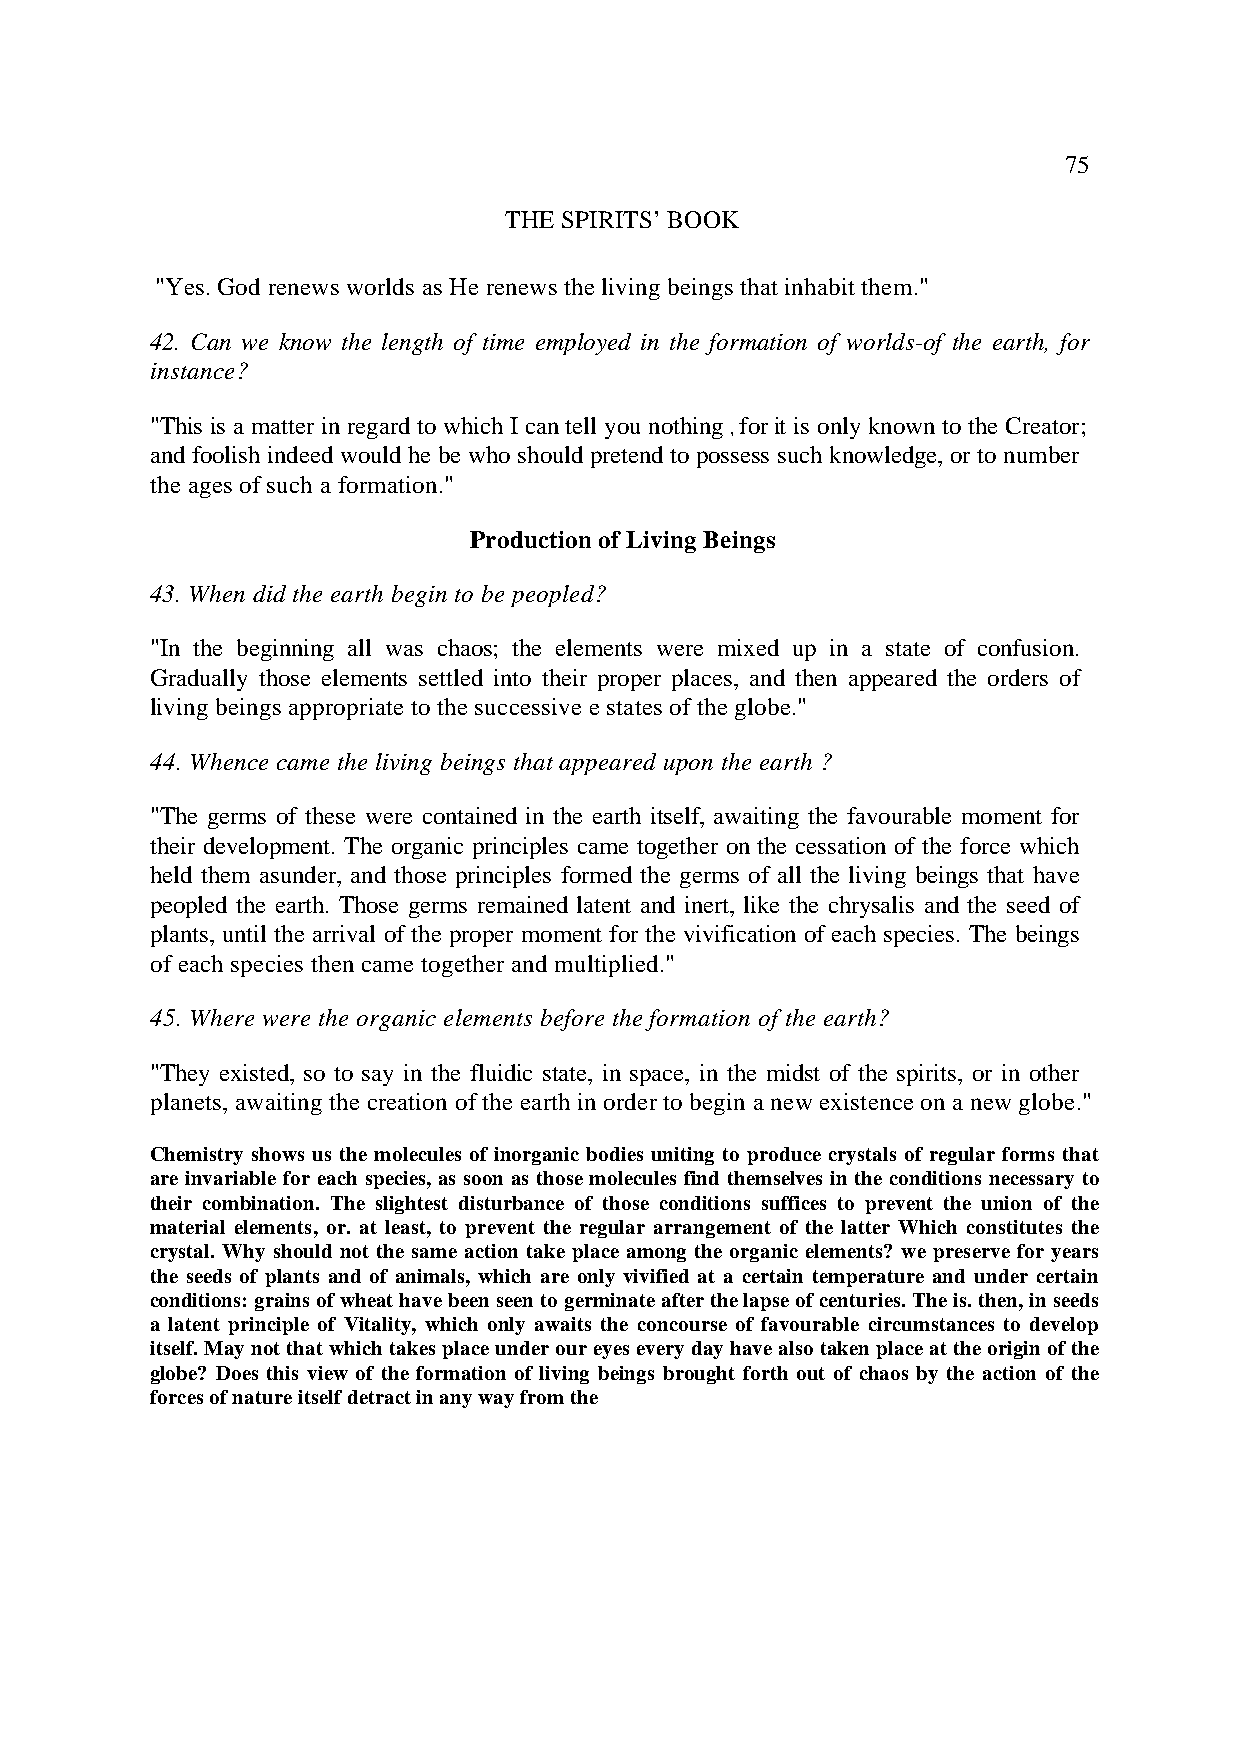
75
 THE SPIRITS’ BOOK
 "Yes. God renews worlds as He renews the living beings that inhabit them."
 42. Can we know the length of time employed in the formation of worlds-of the earth, for
 instance?
 "This is a matter in regard to which I can tell you nothing forit is only known to the Creator;
 ,
 and foolish indeed would he be who should pretend to possess such knowledge, or to number
 the ages of such a formation."
 Production of Living Beings
 43. When did the earth begin to be peopled?
 "In the beginning all was chaos; the elements were mixed up in a state of confusion.
 Gradually those elements settled into their proper places, and then appeared the orders of
 living beings appropriate to the successive e states of the globe."
 44. Whence came the living beings that appeared upon the earth ?
 "The germs of these were contained in the earth itself, awaiting the favourable moment for
 their development. The organic principles came together on the cessation of the force which
 held them asunder, and those principles formed the germs of all the living beings that have
 peopled the earth. Those germs remained latent and inert, like the chrysalis and the seed of
 plants, until the arrival of the proper moment for the vivification of each species. The beings
 of each species then came together and multiplied."
 45. Where were the organic elements before the formation of the earth?
 "They existed, so to say in the fluidic state, in space, in the midst of the spirits, or in other
 planets, awaiting the creation of the earth in order to begin a new existence on a new globe."
 Chemistry shows us the molecules of inorganic bodies uniting to produce crystals of regular forms that
 are invariable for each species, as soon as those molecules find themselves in the conditions necessary to
 their combination. The slightest disturbance of those conditions suffices to prevent the union of the
 material elements, or. at least, to prevent the regular arrangement of the latter Which constitutes the
 crystal. Why should not the same action take place among the organic elements? we preserve for years
 the seeds of plants and of animals, which are only vivified at a certain temperature and under certain
 conditions: grains of wheat have been seen to germinate after the lapse of centuries. The is. then, in seeds
 a latent principle of Vitality, which only awaits the concourse of favourable circumstances to develop
 itself. May not that which takes place under our eyes every day have also taken place at the origin of the
 globe? Does this view of the formation of living beings brought forth out of chaos by the action of the
 forces of nature itself detract in any way from the